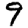
Digit: 9